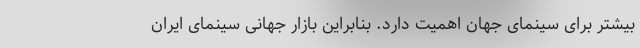
بیشتر برای سینمای جهان اهمیت دارد. بنابراین بازار جهانی سینمای ایران